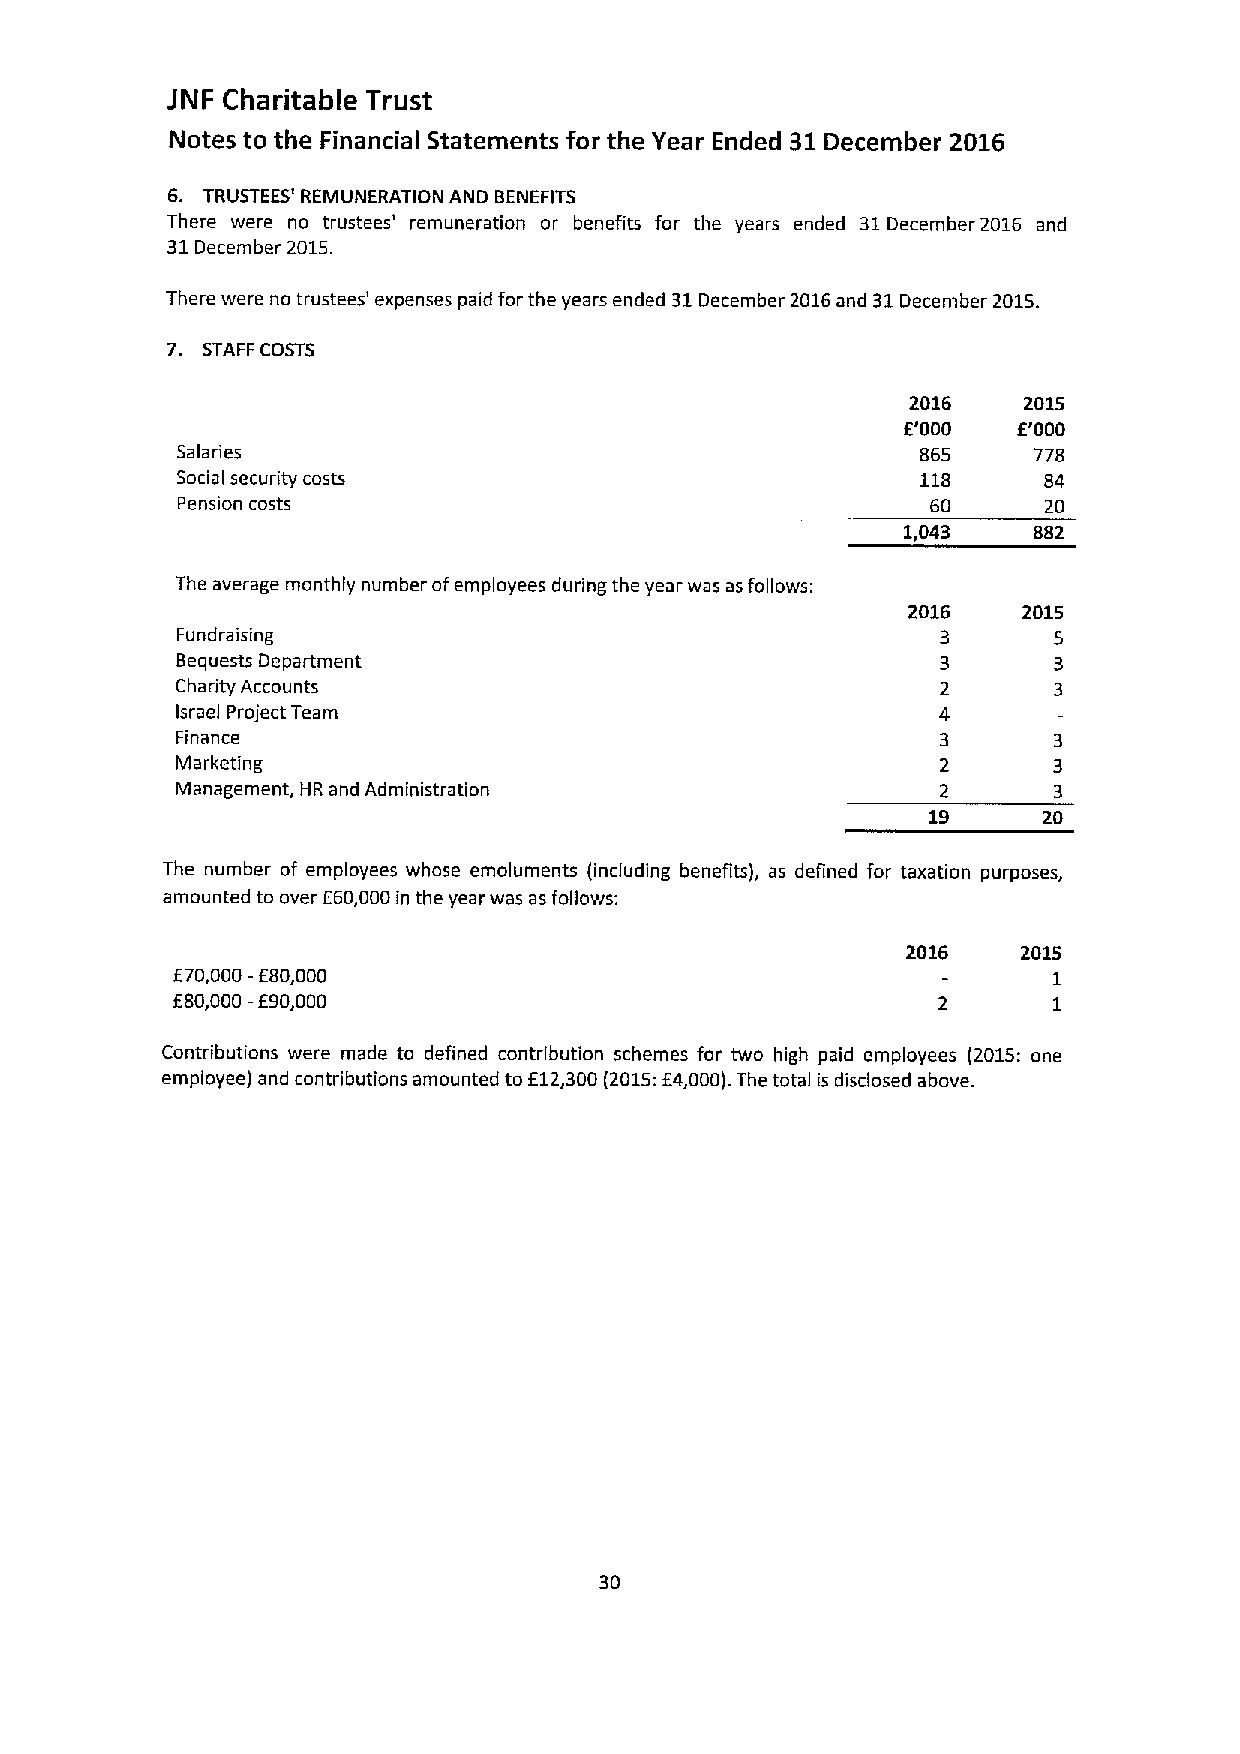
)NF Charitable Trust
 Notes to the Financial Statements for the Year Ended 31December 2016
 6. TRUSTEES' REMUNERATION AND BENEFITS
 There were no trustees' remuneration or benefits for the years ended 31December2016 and
 31December 2015.
 There were no trustees' expenses paid for the years ended 31December 2016and 31December 2015.
 7. STAFF COSTS
 2016    2015
 E'000  E'000
 Salaries                                         865    778
 Social security costs                            118     84
 Pension costs                                     60     20
 1,043   882
 The average monthly number ofemployees during the year was as follows:
 2016    2015
 Fundraising                                       3       5
 Bequests Department                               3       3
 Charity Accounts                                  2       3
 Israel Project Team                               4
 Finance                                           3
 Marketing                                         2
 Management, HR and Administration                 2
 19      20
 The number of employees whose emoluments (including benefits), as defined for taxation purposes,
 amounted to over E60,000in the year was as follows:
 2016    2015
 E70,000—E80,000                                            1
 E80,000—E90,000                                            1
 Contributions were made to defined contribution schemes for two high paid employees (2015: one
 employee) and contributions amounted to E12,300(2015:E4,000).The total is disclosed above.
 30